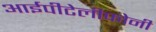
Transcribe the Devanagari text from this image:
आईपीटेलीफोनी